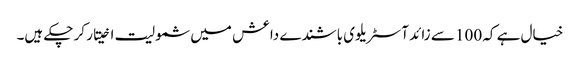
خیال ہے کہ 100 سے زائد آسٹریلوی باشندے داعش میں شمولیت اخیتار کر چکے ہیں۔